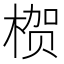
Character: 𱣻